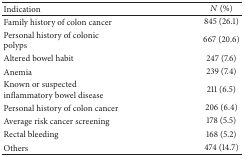
| Indication | N (%) |
 | --- | --- |
 | Family history of colon cancer | 845 (26.1) |
 | Personal history of colonic polyps | 667 (20.6) |
 | Altered bowel habit | 247 (7.6) |
 | Anemia | 239 (7.4) |
 | Known or suspected inflammatory bowel disease | 211 (6.5) |
 | Personal history of colon cancer | 206 (6.4) |
 | Average risk cancer screening | 178 (5.5) |
 | Rectal bleeding | 168 (5.2) |
 | Others | 474 (14.7) |